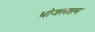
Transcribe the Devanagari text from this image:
भोजलराम